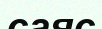
саяс